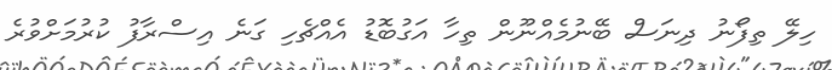
ހިލޭ ތިފޯނު ދިނަސް ބޭނުމެއްނޫން ތިހާ އަގުބޮޑު އެއްޗެހި ގަނެ އިސްރާފު ކުރުމަށްވުރެ